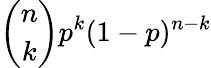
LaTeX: {\binom{n}{k}}p^{k}(1-p)^{n-k}